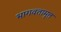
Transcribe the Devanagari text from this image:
भागवतामृत